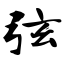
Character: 弦